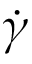
\dot { \gamma }